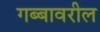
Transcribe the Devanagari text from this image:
गब्बावरील